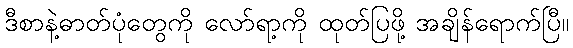
ဒီစာနဲ့ဓာတ်ပုံတွေကို လော်ရာ့ကို ထုတ်ပြဖို့ အချိန်ရောက်ပြီ။